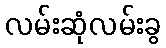
လမ်းဆုံလမ်းခွ